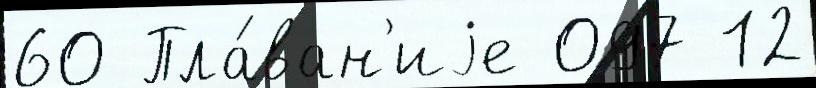
60 Пла́ван'иjе 097 12